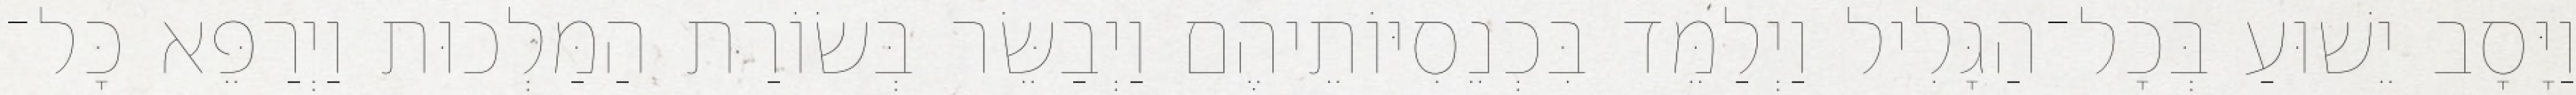
וַיָּסָב יֵשׁוּעַ בְּכָל־הַגָּלִיל וַיְלַמֵּד בִּכְנֵסִיּוֹתֵיהֶם וַיְבַשֵּׂר בְּשׂוֹרַת הַמַּלְכוּת וַיְרַפֵּא כָּל־